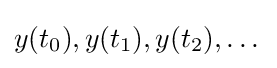
y(t_{0}),y(t_{1}),y(t_{2}),\dotsc